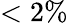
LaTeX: <2\%